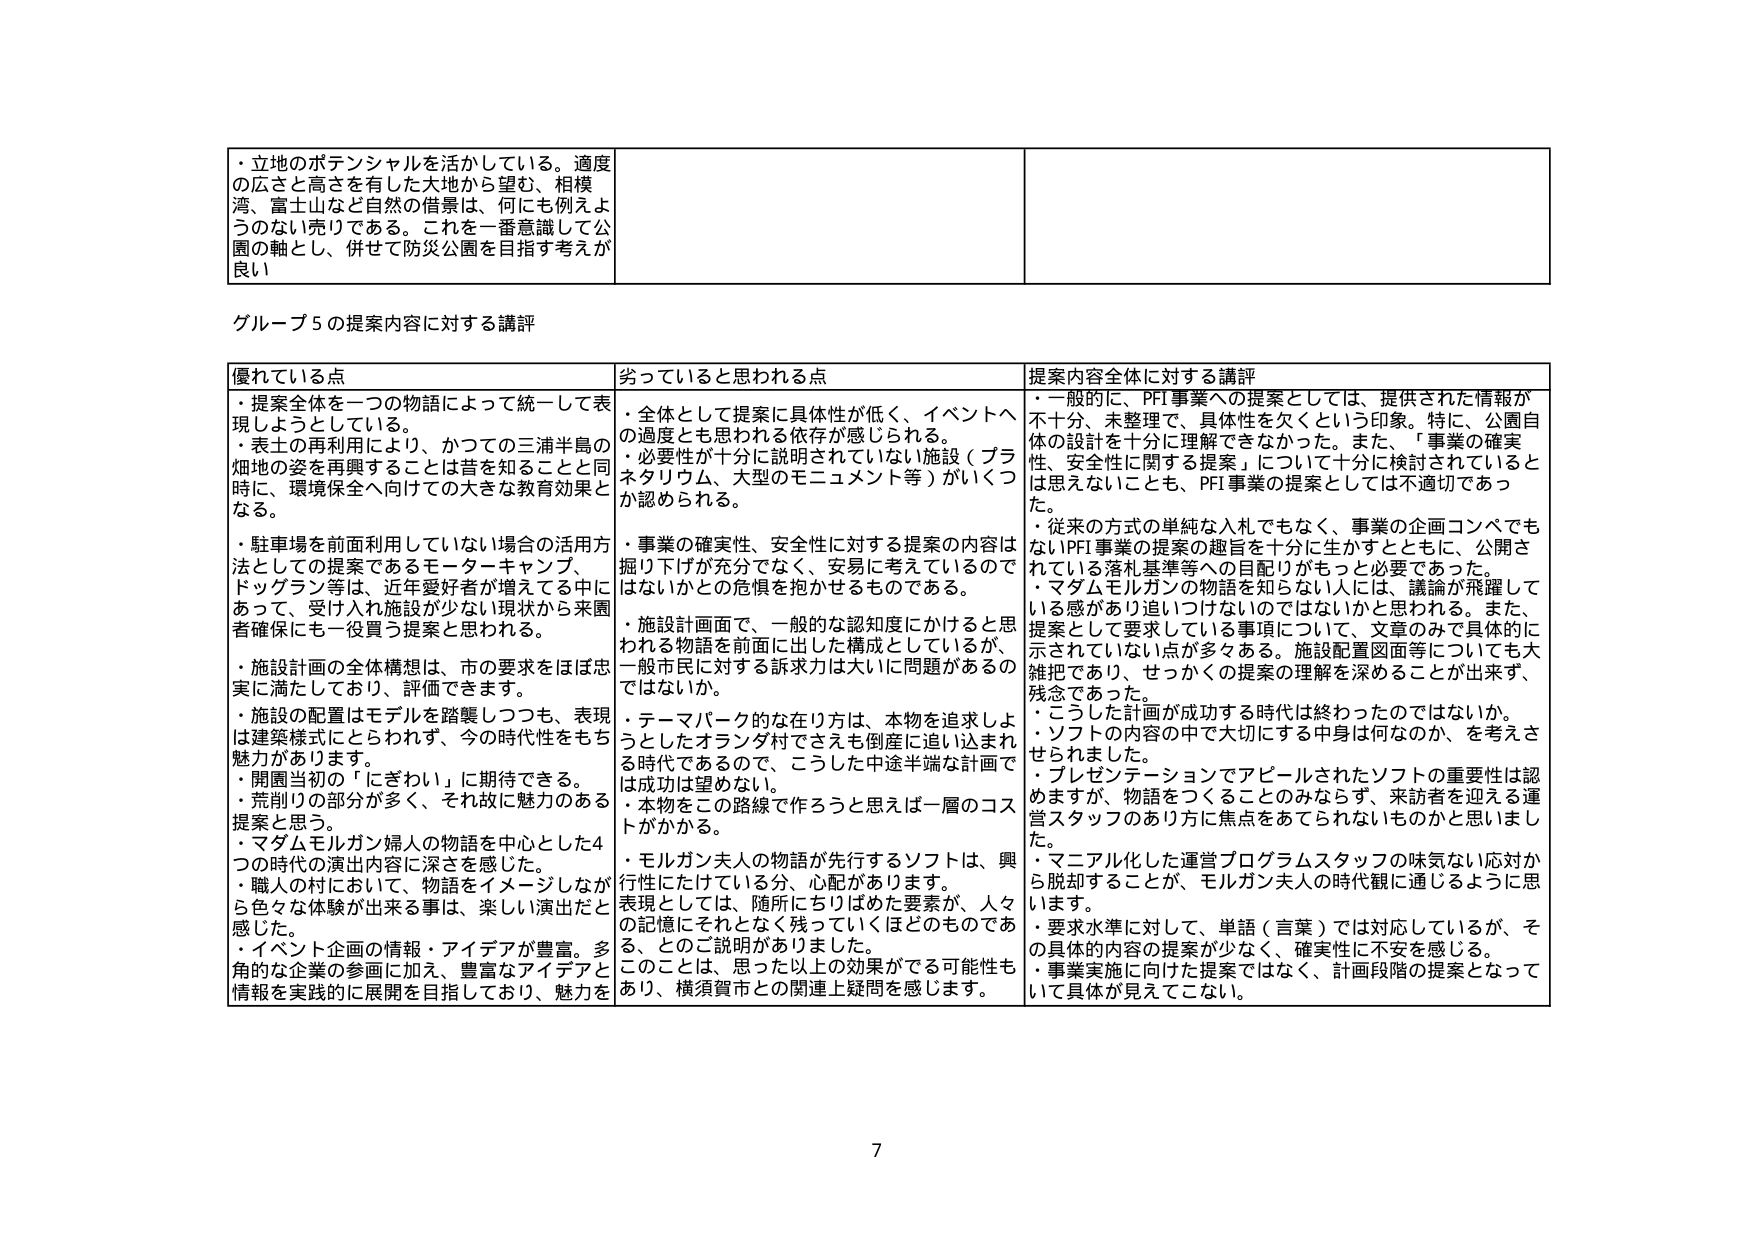
・立地のポテンシャルを活かしている。適度の広さと高さを有した大地から望む、相模湾、富士山など自然の借景は、何にも例えようのない売りである。これを一番意識して公園の軸とし、併せて防災公園を目指す考えが良い

グループ５の提案内容に対する講評

優れている点
・提案全体を一つの物語によって統一して表現しようとしている。
・表土の再利用により、かつての三浦半島の畑地の姿を再興することは昔を知ることと同時に、環境保全へ向けての大きな教育効果となる。
・駐車場を前面利用していない場合の活用方法としての提案であるモーターキャンプ、ドッグラン等は、近年愛好者が増えてる中にあって、受け入れ施設が少ない現状から来園者確保にも一役買う提案と思われる。
・施設計画の全体構想は、市の要求をほぼ忠実に満たしており、評価できます。
・施設の配置はモデルを踏襲しつつも、表現は建築様式にとらわれず、今の時代性をもち魅力があります。
・開園当初の「にぎわい」に期待できる。
・荒削りの部分が多く、それ故に魅力のある提案と思う。
・マダムモルガン婦人の物語を中心とした4つの時代の演出内容に深さを感じた。
・職人村において、物語をイメージしながら色々な体験が出来る事は、楽しい演出だと感じた。
・イベント企画の情報・アイデアが豊富。多角的な企業の参画に加え、豊富なアイデアと情報を実践的に展開を目指しており、魅力を

劣っていると思われる点
・全体として提案に具体性が低く、イベントへの過度とも思われる依存が感じられる。
・必要性が十分に説明されていない施設（プラネタリウム、大型のモニュメント等）がいくつか認められる。
・事業の確実性、安全性に対する提案の内容は掘り下げが充分でなく、安易に考えているのではないかとの危惧を抱かせるものである。
・施設計画面で、一般的な認知度にかけと思われる物語を前面に出した構成としているが、一般市民に対する訴求力は大いに問題があるのではないか。
・テーマパーク的な在り方は、本物を追求しようとしたオランダ村でさえも倒産に追い込まれる時代であるので、こうした中途半端な計画では成功は望めない。
・本物をこの路線で作ろうと思えば一層のコストがかかる。
・モルガン夫人の物語が先行するソフトは、興行性にたけている分、心配があります。
・表現としては、随所にちりばめた要素が、人々の記憶にそれとなく残っていくほどのものである、とのご説明がありました。
・このことは、思った以上の効果がでる可能性もあり、横須賀市との関連上疑問を感じます。

提案内容全体に対する講評
・一般的に、PFI事業への提案としては、提供された情報が不十分、未整理で、具体性を欠くという印象。特に、公園自体の設計を十分に理解できなかった。また、「事業の確実性、安全性に関する提案」について十分に検討されているとは思えないことも、PFI事業の提案としては不適切であった。
・従来の方式の単純な入札でもなく、事業の企画コンペでもないPFI事業の提案の趣旨を十分に生かすとともに、公開されている落札基準等への目配りがもっと必要であった。
・マダムモルガンの物語を知らない人には、議論が飛躍している感があり追いつけないのではないかと思われる。また、提案として要求している事項について、文章のみで具体的に示されていない点が多々ある。施設配置図面等についても大雑把であり、せっかくの提案の理解を深めることができず、残念であった。
・こうした計画が成功する時代は終わったのではないか。ソフトの内容の中で大切にする中身は何なのか、を考えさせられました。
・プレゼンテーションでアピールされたソフトの重要性は認めますが、物語をつくることのみならず、来訪者を迎える運営スタッフのあり方に焦点をあてられないものかと思いました。
・マニュアル化した運営プログラムスタッフの味気ない応対から脱却することが、モルガン夫人の時代観に通じるように思います。
・要求水準に対して、単語（言葉）では対応しているが、その具体的内容の提案が少なく、確実性に不安を感じる。
・事業実施に向けた提案ではなく、計画段階の提案となっていて具体が見えてこない。

7